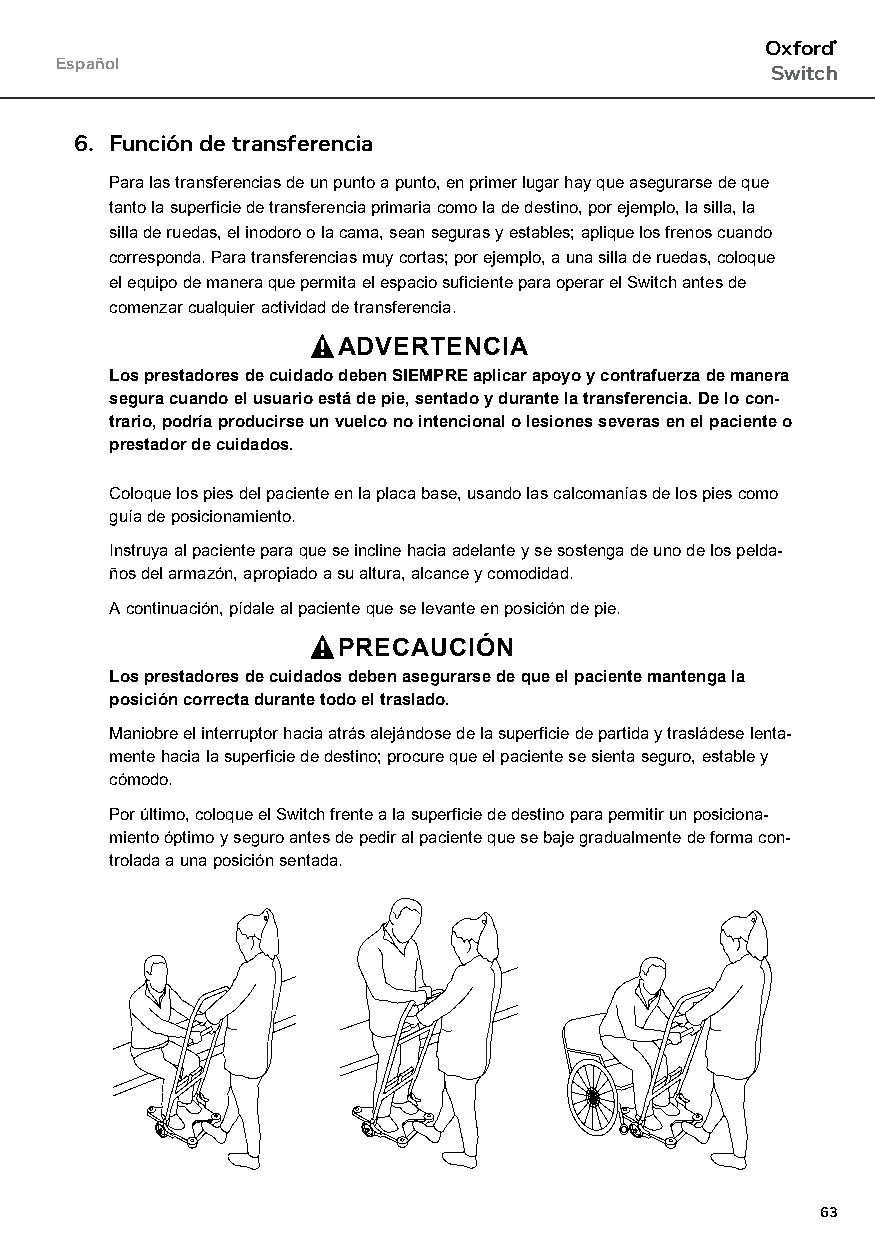
Oxford®
 Español
 Switch
 6. Función de transferencia
 Para las transferencias de un punto a punto, en primer lugar hay que asegurarse de que
 tanto la superficie de transferencia primaria como la de destino, por ejemplo, la silla, la
 silla de ruedas, el inodoro o la cama, sean seguras y estables; aplique los frenos cuando
 corresponda. Para transferencias muy cortas; por ejemplo, a una silla de ruedas, coloque
 el equipo de manera que permita el espacio suficiente para operar el Switch antes de
 comenzar cualquier actividad de transferencia.
 ADVERTENCIA
 Los prestadores de cuidado deben SIEMPRE aplicar apoyo y contrafuerza de manera
 segura cuando el usuario está de pie, sentado y durante la transferencia. De lo con-
 trario, podría producirse un vuelco no intencional o lesiones severas en el paciente o
 prestador de cuidados.
 Coloque los pies del paciente en la placa base, usando las calcomanías de los pies como
 guía de posicionamiento.
 Instruya al paciente para que se incline hacia adelante y se sostenga de uno de los pelda-
 ños del armazón, apropiado a su altura, alcance y comodidad.
 A continuación, pídale al paciente que se levante en posición de pie.
 PRECAUCIÓN
 Los prestadores de cuidados deben asegurarse de que el paciente mantenga la
 posición correcta durante todo el traslado.
 Maniobre el interruptor hacia atrás alejándose de la superficie de partida y trasládese lenta-
 mente hacia la superficie de destino; procure que el paciente se sienta seguro, estable y
 cómodo.
 Por último, coloque el Switch frente a la superficie de destino para permitir un posiciona-
 miento óptimo y seguro antes de pedir al paciente que se baje gradualmente de forma con-
 trolada a una posición sentada.
 63